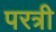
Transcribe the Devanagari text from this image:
परत्री